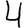
Digit: 4